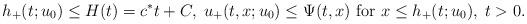
LaTeX: \begin{align*}h_+(t;u_0)\leq H(t)=c^*t+C,\; u_+(t,x; u_0)\leq \Psi(t,x) \mbox{ for } x\leq h_+(t; u_0),\; t>0.\end{align*}